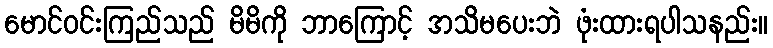
မောင်ဝင်းကြည်သည် မိမိကို ဘာကြောင့် အသိမပေးဘဲ ဖုံးထားရပါသနည်း။